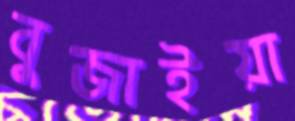
বুজাইয়া